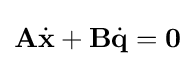
{\textbf {A}}{\dot {\textbf {x}}}+{\textbf {B}}{\dot {\textbf {q}}}={\textbf {0}}